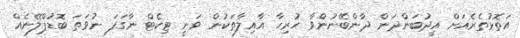
އަތޮޅުތެރެއަށް އީދުބަންދަން ދާންބޭނުންވާ ހުރިހާ އާއިލާތަކުން ވަނީ ޓިކެޓް ނާގަފަ ނުވަތަ ބޮޑުޕްލޭނެއް